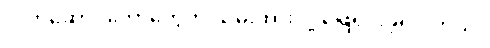
လက်ဆောင်တော်တွေကို သိမ်းထားလို့ ဖြေရှင်းခဲ့ရပါတယ်။